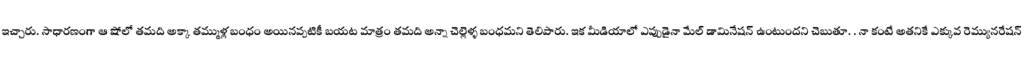
ఇచ్చారు. సాధారణంగా ఆ షోలో తమది అక్కా తమ్ముళ్ల బంధం అయినప్పటికీ బయట మాత్రం తమది అన్నా చెల్లెళ్ళ బంధమని తెలిపారు. ఇక మీడియాలో ఎప్పుడైనా మేల్ డామినేషన్ ఉంటుందని చెబుతూ. . నా కంటే అతనికే ఎక్కువ రెమ్యునరేషన్